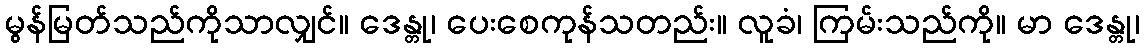
မွန်မြတ်သည်ကိုသာလျှင်။ ဒေန္တု၊ ပေးစေကုန်သတည်း။ လူခံ၊ ကြမ်းသည်ကို။ မာ ဒေန္တု၊